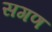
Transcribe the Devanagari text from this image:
सगण